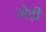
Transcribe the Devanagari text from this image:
लेड़ी